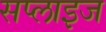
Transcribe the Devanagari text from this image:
सप्लाइज